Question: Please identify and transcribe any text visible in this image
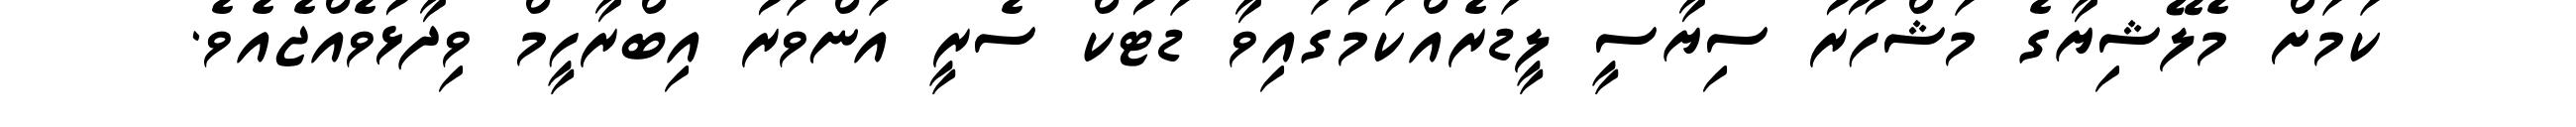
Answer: ކަމަށް މެލޭޝިޔާގެ މަޝްހޫރު ސިޔާސީ ލީޑަރެއްކަމުގައިވާ ޑަޓުކް ސެރީ އަންވަރު އިބްރާހީމް ވިދާޅުވެއްޖެއެވެ.